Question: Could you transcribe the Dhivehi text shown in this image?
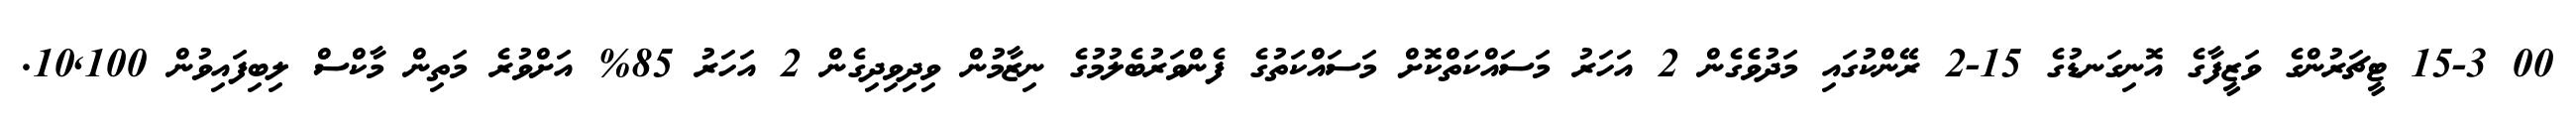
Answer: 00 15-3 ޓީޗަރުންގެ ވަޒީފާގެ އޮނިގަނޑުގެ 15-2 ރޭންކުގައި މަދުވެގެން 2 އަހަރު މަސައްކަތްކޮށް މަސައްކަތުގެ ފެންވަރުބެލުމުގެ ނިޒާމުން ވިދިވިދިގެން 2 އަހަރު 85% އަށްވުރެ މަތިން މާކްސް ލިބިފައިވުން 10,100.